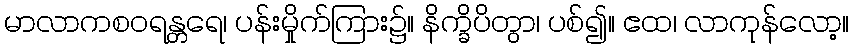
မာလာကစဝရန္တရေ၊ ပန်းမှိုက်ကြား၌။ နိက္ခိပိတွာ၊ ပစ်၍။ ဧထ၊ လာကုန်လော့။